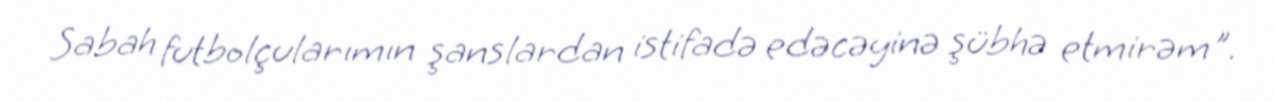
Sabah futbolçularımın şanslardan istifadə edəcəyinə şübhə etmirəm".